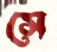
সে